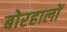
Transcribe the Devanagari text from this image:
बोरहालों